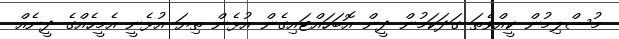
މުސްލިމުން ކީއްވެތަ ގަދަކަމުން ދީން އޮބަހައްޓައިގެން އުޅެން ތިޔަ އުޅެނީ އެމީހެއްގެ ދީނެއް